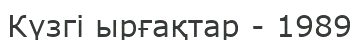
Күзгі ырғақтар - 1989